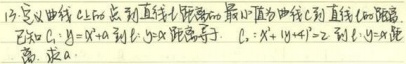
(2)定义曲线\(C\)到点\(P\)距离（省略部分内容），最小距离为曲线\(C\)到直线\(l\)的距离。已知\(C:y = x^{2}+a\)和\(l:y = x\)距离等于\(C:x + y + 4 = 2\)到\(l:y = x\)距